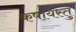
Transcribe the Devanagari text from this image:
कषायस्तु